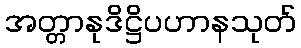
အတ္တာနုဒိဋ္ဌိပဟာနသုတ်